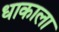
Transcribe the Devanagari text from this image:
धाकाला